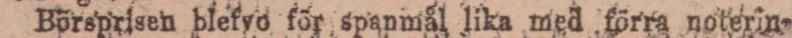
Börsprisen blefvo för spanmål lika med förra noterin-